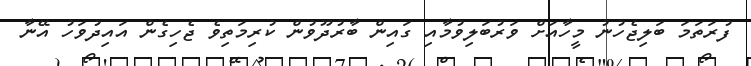
ފުރަތަމަ ބަލިޖެހުނު މީހާއަށް ވަރުބަލިވުމާއި ގައިން ބާރުދޫވުން ކުރިމަތިވެ ޖެހިގެން އައިދުވަހު އޭނާ